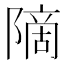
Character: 𫕒